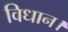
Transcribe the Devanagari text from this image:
विधान।